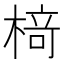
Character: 𬃪